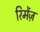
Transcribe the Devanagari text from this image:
रिमेंज़